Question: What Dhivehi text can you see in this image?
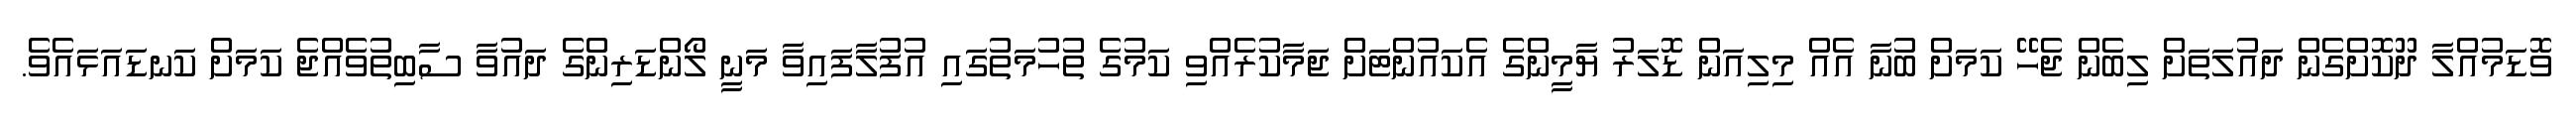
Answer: ވޮޑަމުއްލާ ދޫކޮށްގެން ދައުލަތަށް ލިބެން ޖެހޭ ކަމަށް ބުނާ އެއް މިލިއަން ޑޮލަރު ޔާމީންގެ އެކައުންޓަށް ޖަމާކުރެއްވި ކަމުގެ ތުހުމަތުގައި އުފުލާފައިވާ މަނީ ލޯންޑަރިންގެ ދައުވާ ސާބިތުވެއްޖެ ކަމަށް ކަނޑައަޅައެވެ.